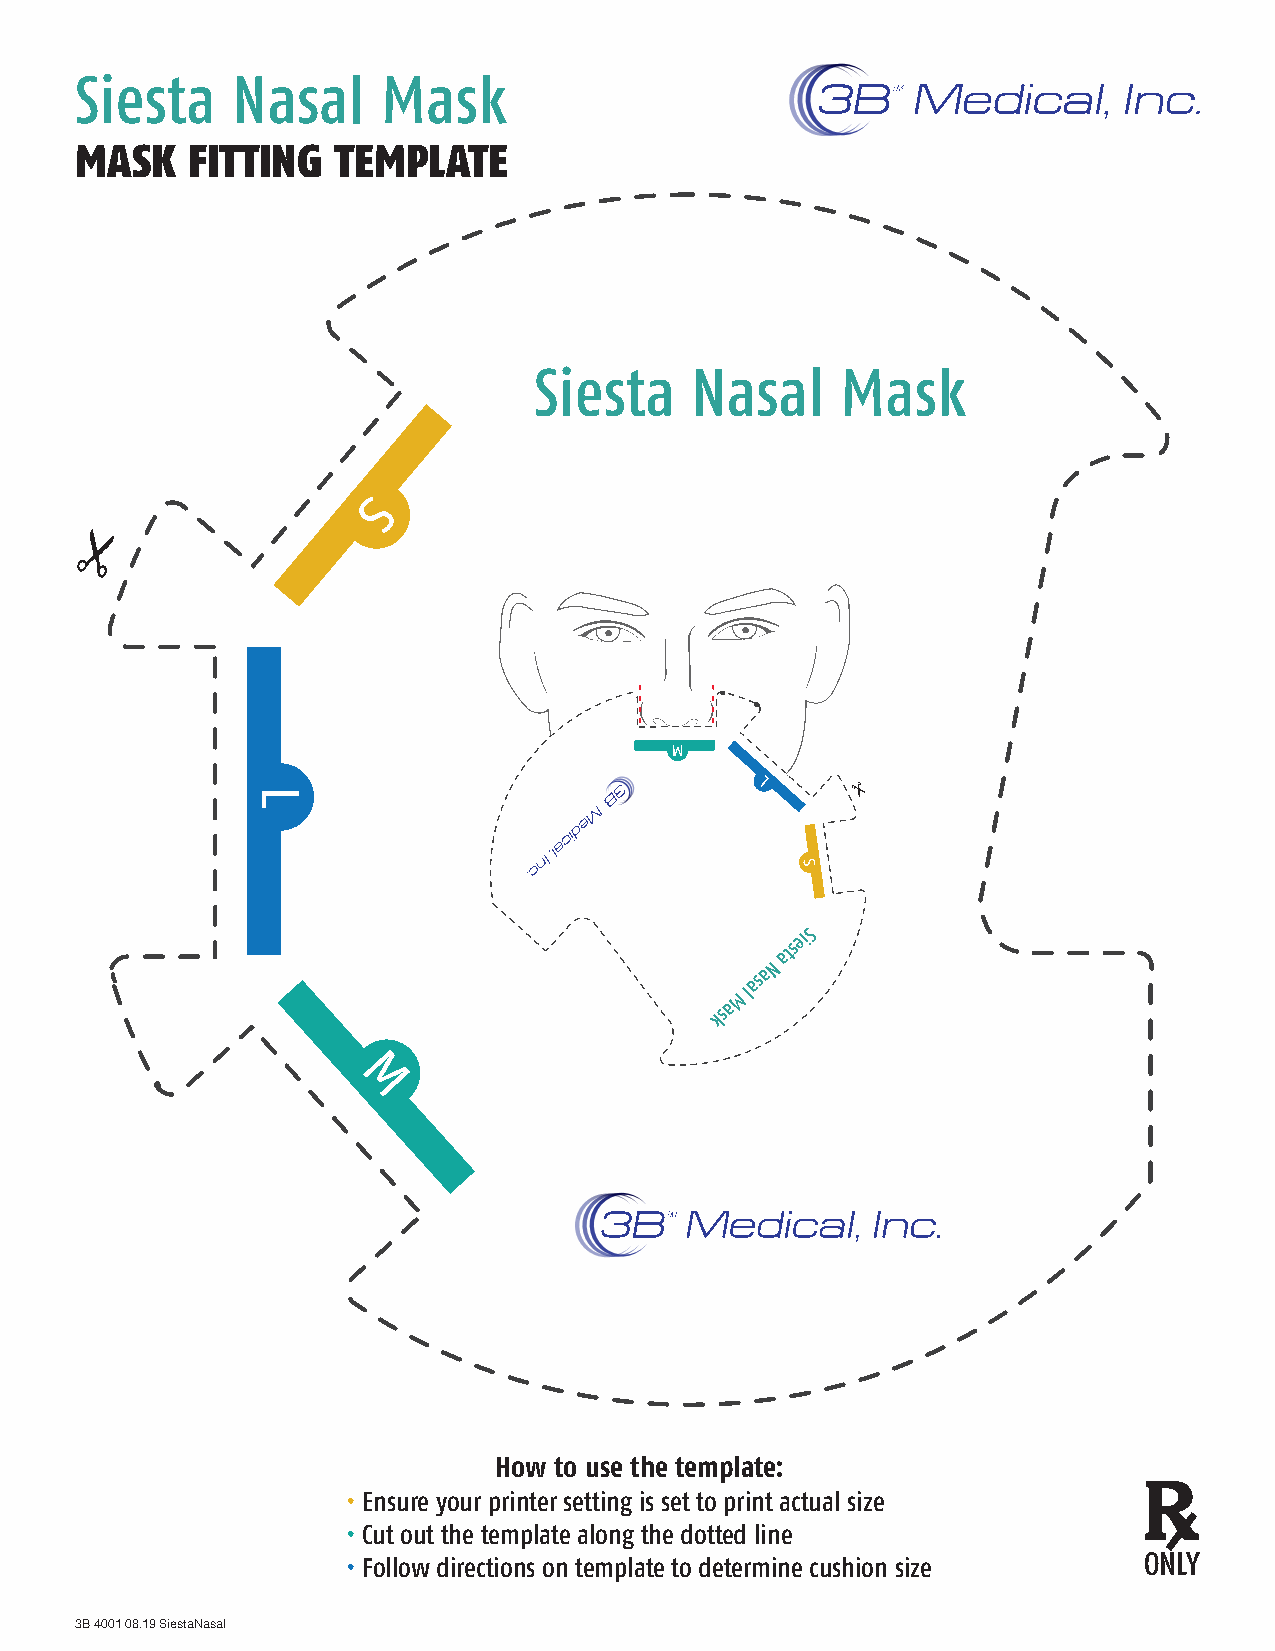
Siesta    Nasal     Mask
 MASK   FITTING   TEMPLATE
 Siesta     Nasal     Mask
 atseiS
 N
 a
 as
 M
 l
 a
 ks
 How to use the template:
 • Ensure your printer setting is set to print actual size
 • Cut out the template along the dotted line
 • Follow directions on template to determine cushion size ONLY
 3B 4001 08.19 SiestaNasal